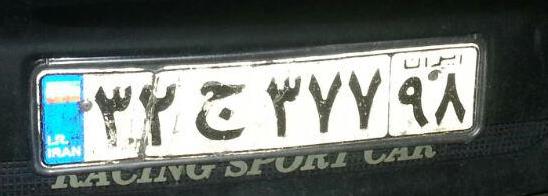
۳۲ج۳۷۷۹۸